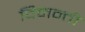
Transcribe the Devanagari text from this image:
विनन्ती